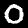
Label: 0